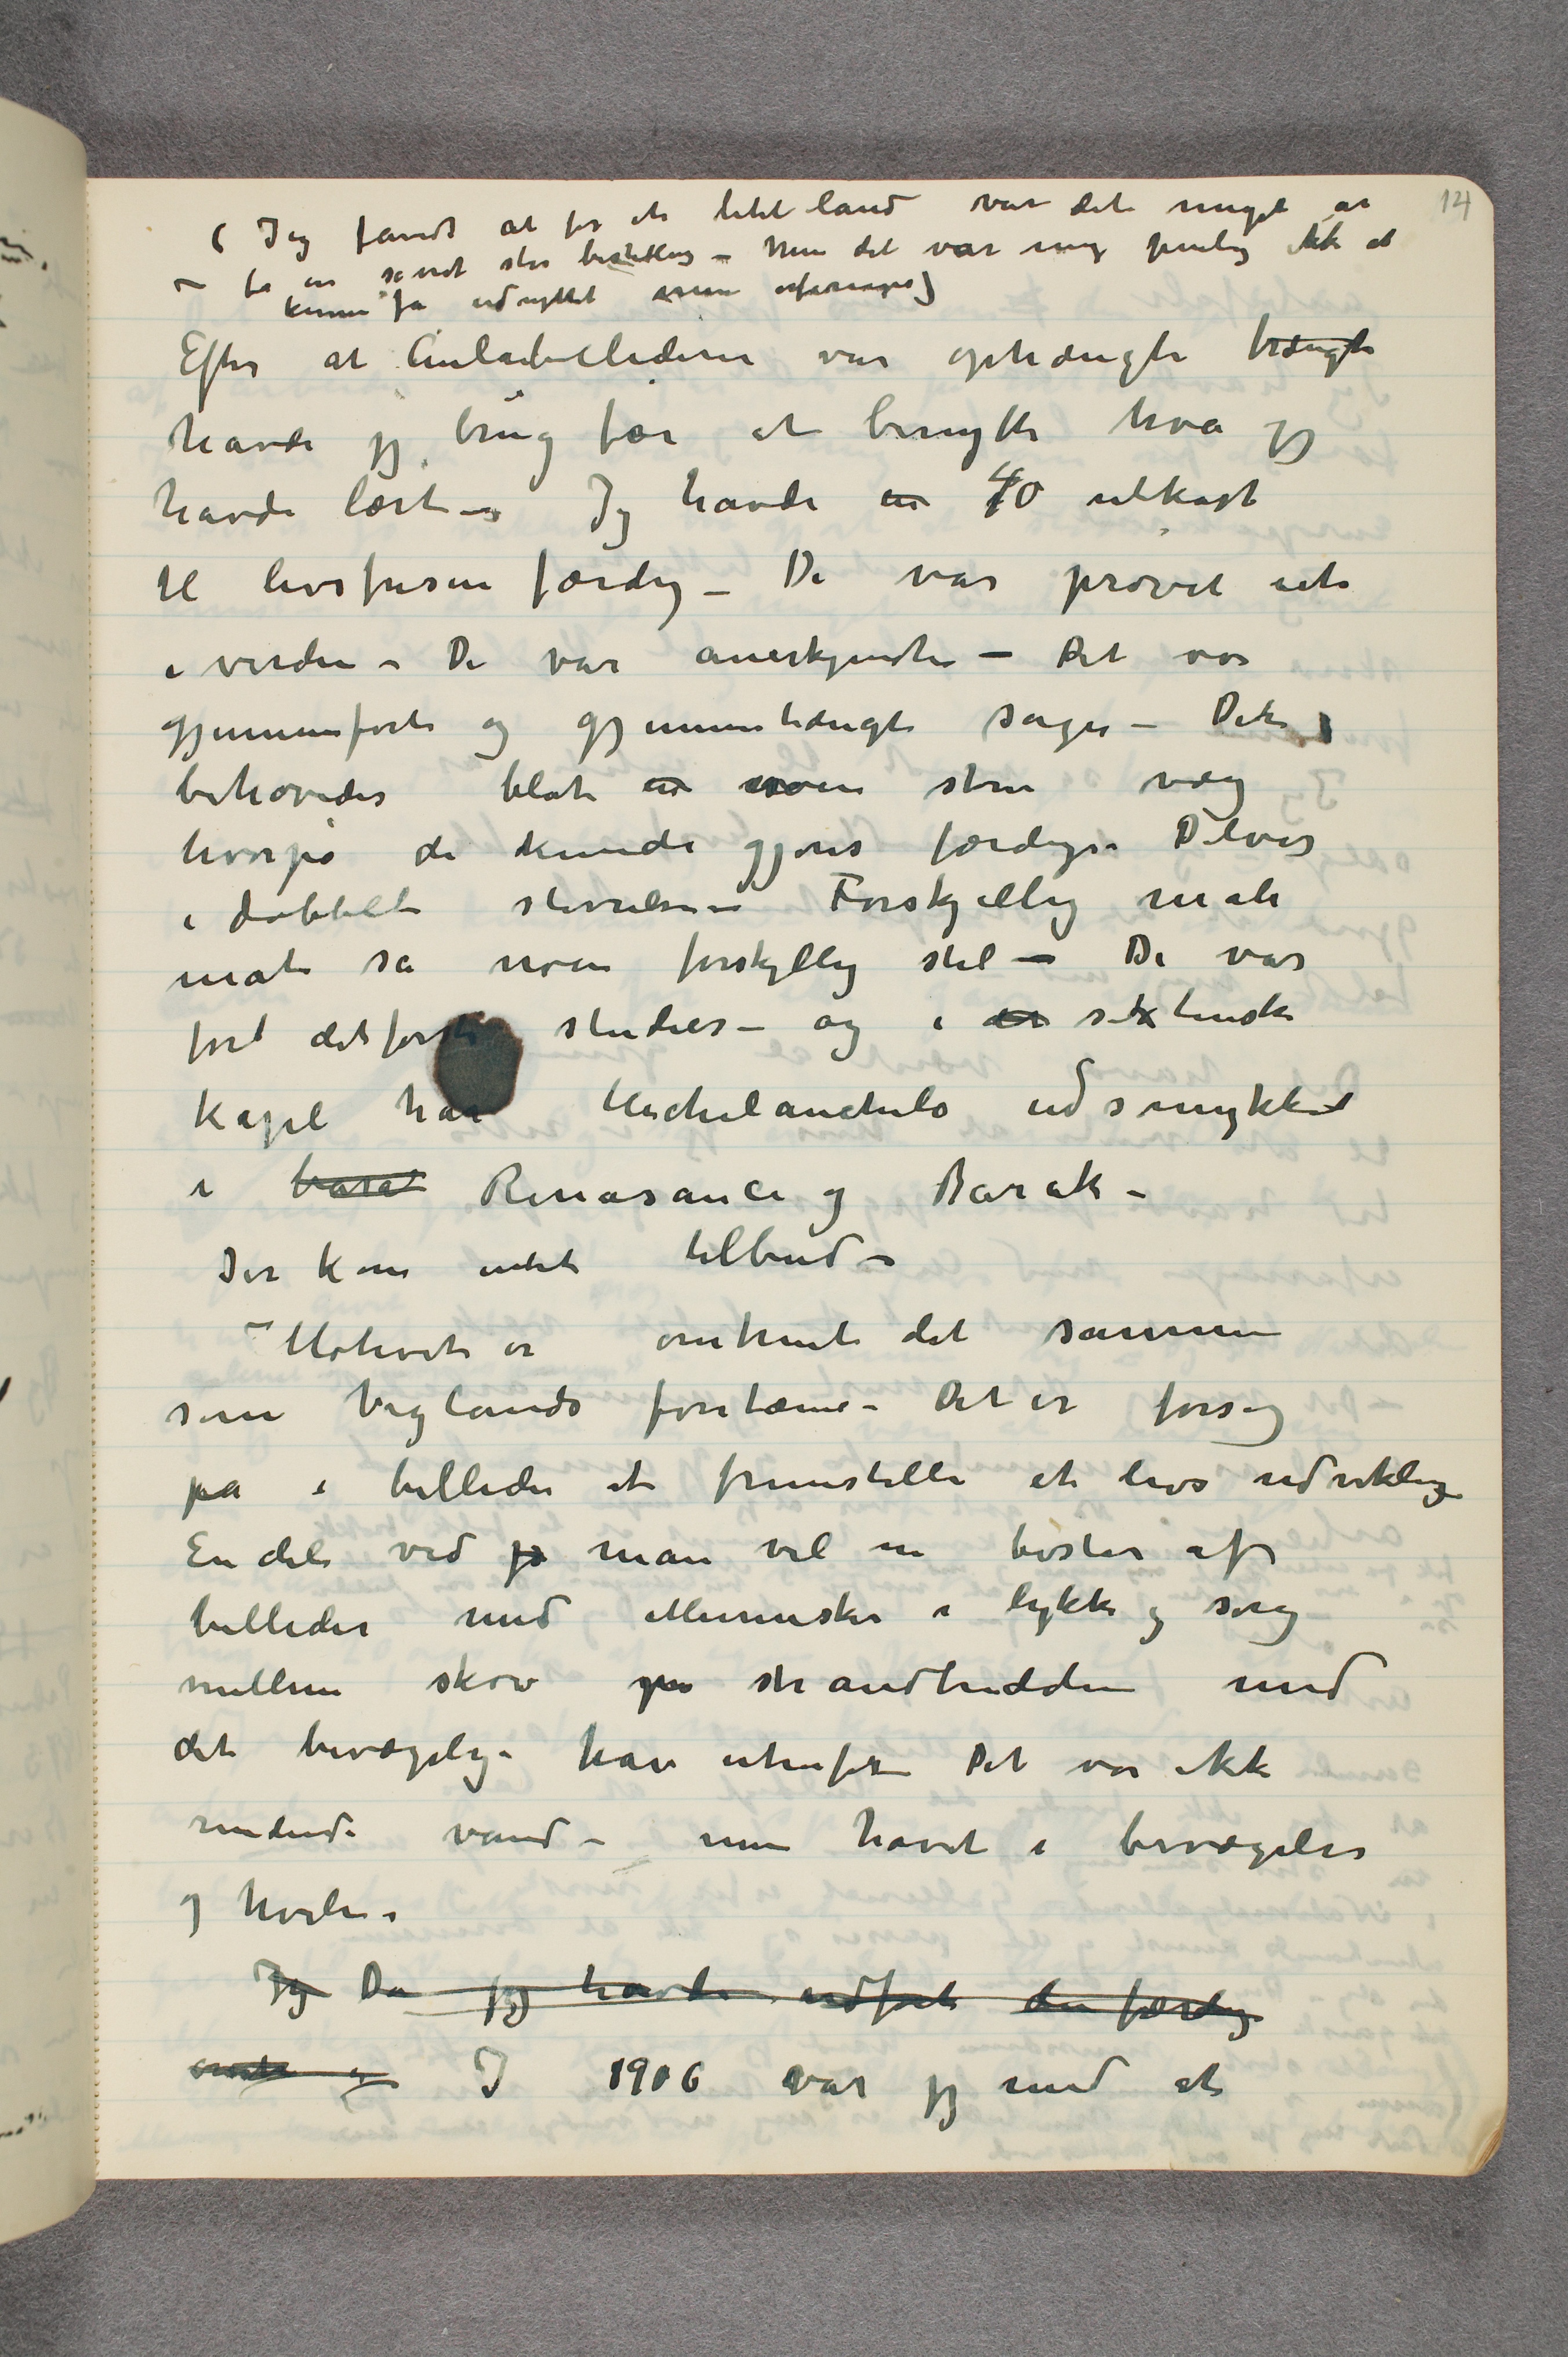
(Jeg fandt at for et litet land var det meget at
– få en såvidt stor bestilling – Men det var mig pinlig ikke at
kunne få udnyttet mine erfaringer)
 Efter at Aulabillederne var ophængte trængte
havde jeg brug for at benytte hva jeg
havde lært– Jeg havde en 40 udkast
til livsfrisen færdig – De var prøvet ute
i verden – De var anerkjendte – Det var
gjennemførte og gjennemtængte sager – Der
behøvedes blot en noen større væg
hvorpå de kunde gjøres færdige. Delvis
i dobbelt størrelse – Forskjellig male
måte sa noen forskjellig stil – De var
for …  det første studier – og i det sixtinske
kapel har Michelanchelo udsmykket
i baro Renasance og Barok –
Der kom intet tilbud –
 – Motivet er omtrent det samme
som Vig‹e›lands fontæne – Det er forsøg
på i billeder at fremstille et livs udvikling –
En del ved jo man vel nu består af
billeder med Mennesker i lykke og sorg
mellem skov på strandbredden med
det bevægelige hav utenfor – Det var ikke
rendende vand – men havet i bevægelse
og hvile.
Jeg Da jeg havde udført den færdig
omtr I 1906 var jeg med at